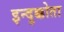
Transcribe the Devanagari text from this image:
इन्दुक्कोता